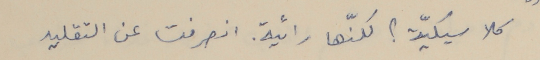
كلاسيكيّة؟ لكنّها رائية. انصرفت عن التقليد